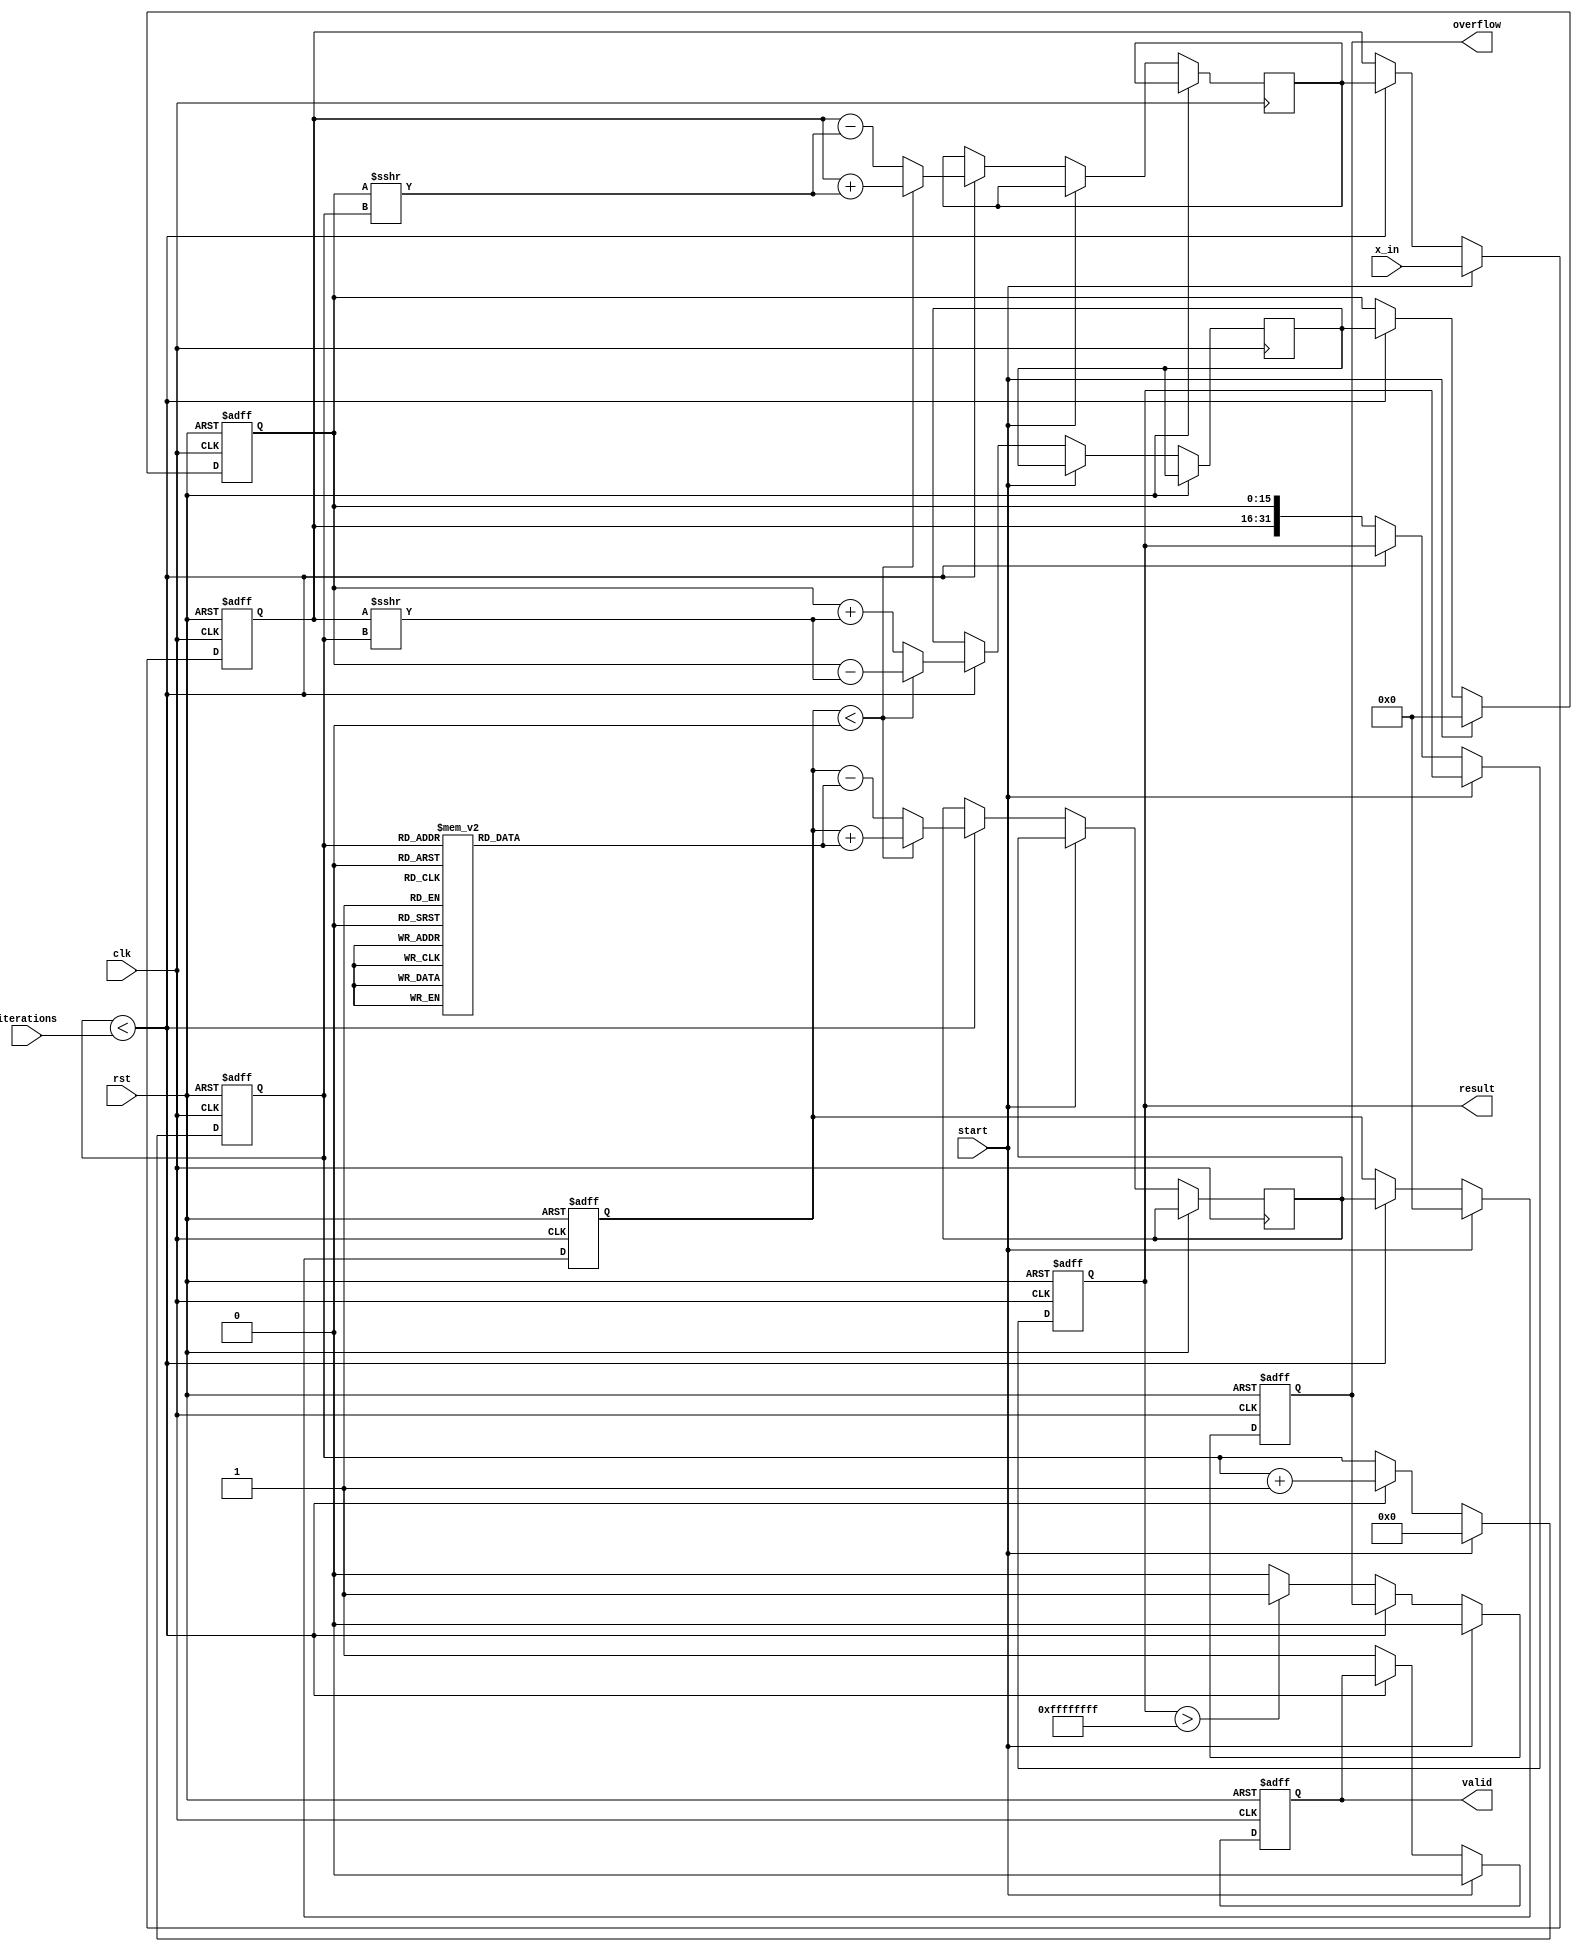
module cordic_polynomial_evaluator (
    input wire clk,
    input wire rst,
    input wire start,
    input wire [15:0] x_in, // Input value for polynomial evaluation
    input wire [3:0] iterations, // Number of iterations for CORDIC
    output reg [31:0] result, // Result of polynomial evaluation
    output reg valid, // Output valid signal
    output reg overflow // Overflow status signal
);

    // CORDIC parameters
    reg [15:0] x, y, z; // CORDIC variables
    reg [15:0] x_next, y_next, z_next; // Next state variables
    reg [3:0] count; // Iteration counter
    reg [15:0] atan_table [0:15]; // Lookup table for atan values
    reg [15:0] scale_factors [0:15]; // Scaling factors

    // Initialize lookup tables
    initial begin
        atan_table[0] = 16'h0000; // atan(0)
        atan_table[1] = 16'h3243; // atan(1)
        atan_table[2] = 16'h1DAC; // atan(2)
        atan_table[3] = 16'h1C71; // atan(3)
        // ... Fill in the rest of the atan values
        scale_factors[0] = 16'h1; // Scaling factor for 0
        scale_factors[1] = 16'h1; // Scaling factor for 1
        // ... Fill in the rest of the scaling factors
    end

    // State machine for CORDIC iterations
    always @(posedge clk or posedge rst) begin
        if (rst) begin
            x <= 16'h0;
            y <= 16'h0;
            z <= 16'h0;
            count <= 4'h0;
            result <= 32'h0;
            valid <= 1'b0;
            overflow <= 1'b0;
        end else if (start) begin
            // Initialize inputs
            x <= x_in;
            y <= 16'h0; // Assuming y starts at 0 for polynomial evaluation
            z <= 16'h0; // Initial angle
            count <= 4'h0;
            valid <= 1'b0;
            overflow <= 1'b0;
        end else if (count < iterations) begin
            // CORDIC rotation logic
            if (z < 0) begin
                x_next <= x + (y >>> count);
                y_next <= y - (x >>> count);
                z_next <= z + atan_table[count];
            end else begin
                x_next <= x - (y >>> count);
                y_next <= y + (x >>> count);
                z_next <= z - atan_table[count];
            end

            // Update state
            x <= x_next;
            y <= y_next;
            z <= z_next;
            count <= count + 1;
        end else begin
            // Final result computation (e.g., polynomial evaluation)
            result <= {x, y}; // Combine x and y for final result
            valid <= 1'b1; // Signal that output is valid
            // Check for overflow conditions
            if (result > 32'hFFFFFFFF) begin
                overflow <= 1'b1;
            end else begin
                overflow <= 1'b0;
            end
        end
    end

endmodule